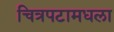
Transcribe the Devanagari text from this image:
चित्रपटामधला